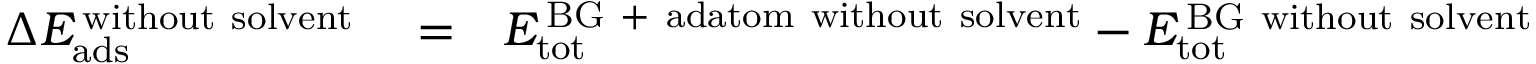
\begin{array} { r l r } { \Delta E _ { \mathrm { a d s } } ^ { \mathrm { \, w i t h o u t \ s o l v e n t } } } & { { } = } & { E _ { \mathrm { t o t } } ^ { \mathrm { \, B G \ + \ a d a t o m \ w i t h o u t \ s o l v e n t } } - E _ { \mathrm { t o t } } ^ { \mathrm { \, B G \ w i t h o u t \ s o l v e n t } } } \end{array}